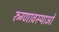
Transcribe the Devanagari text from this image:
रुग्णावस्थाओं